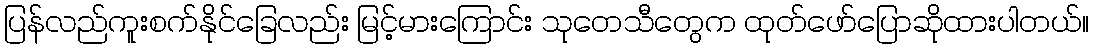
ပြန်လည်ကူးစက်နိုင်ခြေလည်း မြင့်မားကြောင်း သုတေသီတွေက ထုတ်ဖော်ပြောဆိုထားပါတယ်။